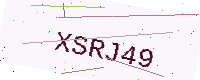
Text: XSRJ49